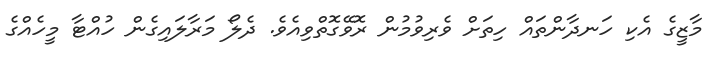
މާޒީގެ އެކި ހަނދާންތައް ހިތަށް ވެރިވުމުން ރޮވޭގޮތްވިއެވެ. ދެލޯ މަރާލައިގެން ހުއްޓާ މީހެއްގެ